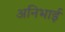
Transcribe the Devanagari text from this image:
अनिभाई